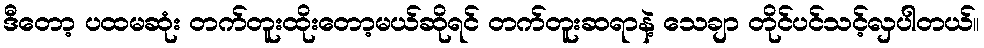
ဒီတော့ ပထမဆုံး တက်တူးထိုးတော့မယ်ဆိုရင် တက်တူးဆရာနဲ့ သေချာ တိုင်ပင်သင့်လှပါတယ်။